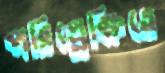
পরিপ্র্রেক্ষিতে